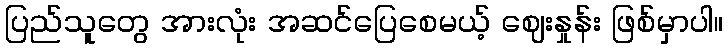
ပြည်သူတွေ အားလုံး အဆင်ပြေစေမယ့် ဈေးနှုန်း ဖြစ်မှာပါ။